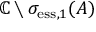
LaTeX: \mathbb { C } \setminus \sigma _ { \mathrm { e s s } , 1 } ( A )